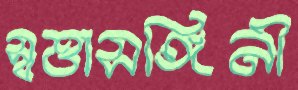
স্বত্তাসঙ্গিনী